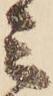
ミ